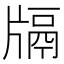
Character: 𤗦